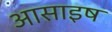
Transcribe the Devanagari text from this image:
आसाइष